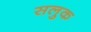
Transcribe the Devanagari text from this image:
सलुक